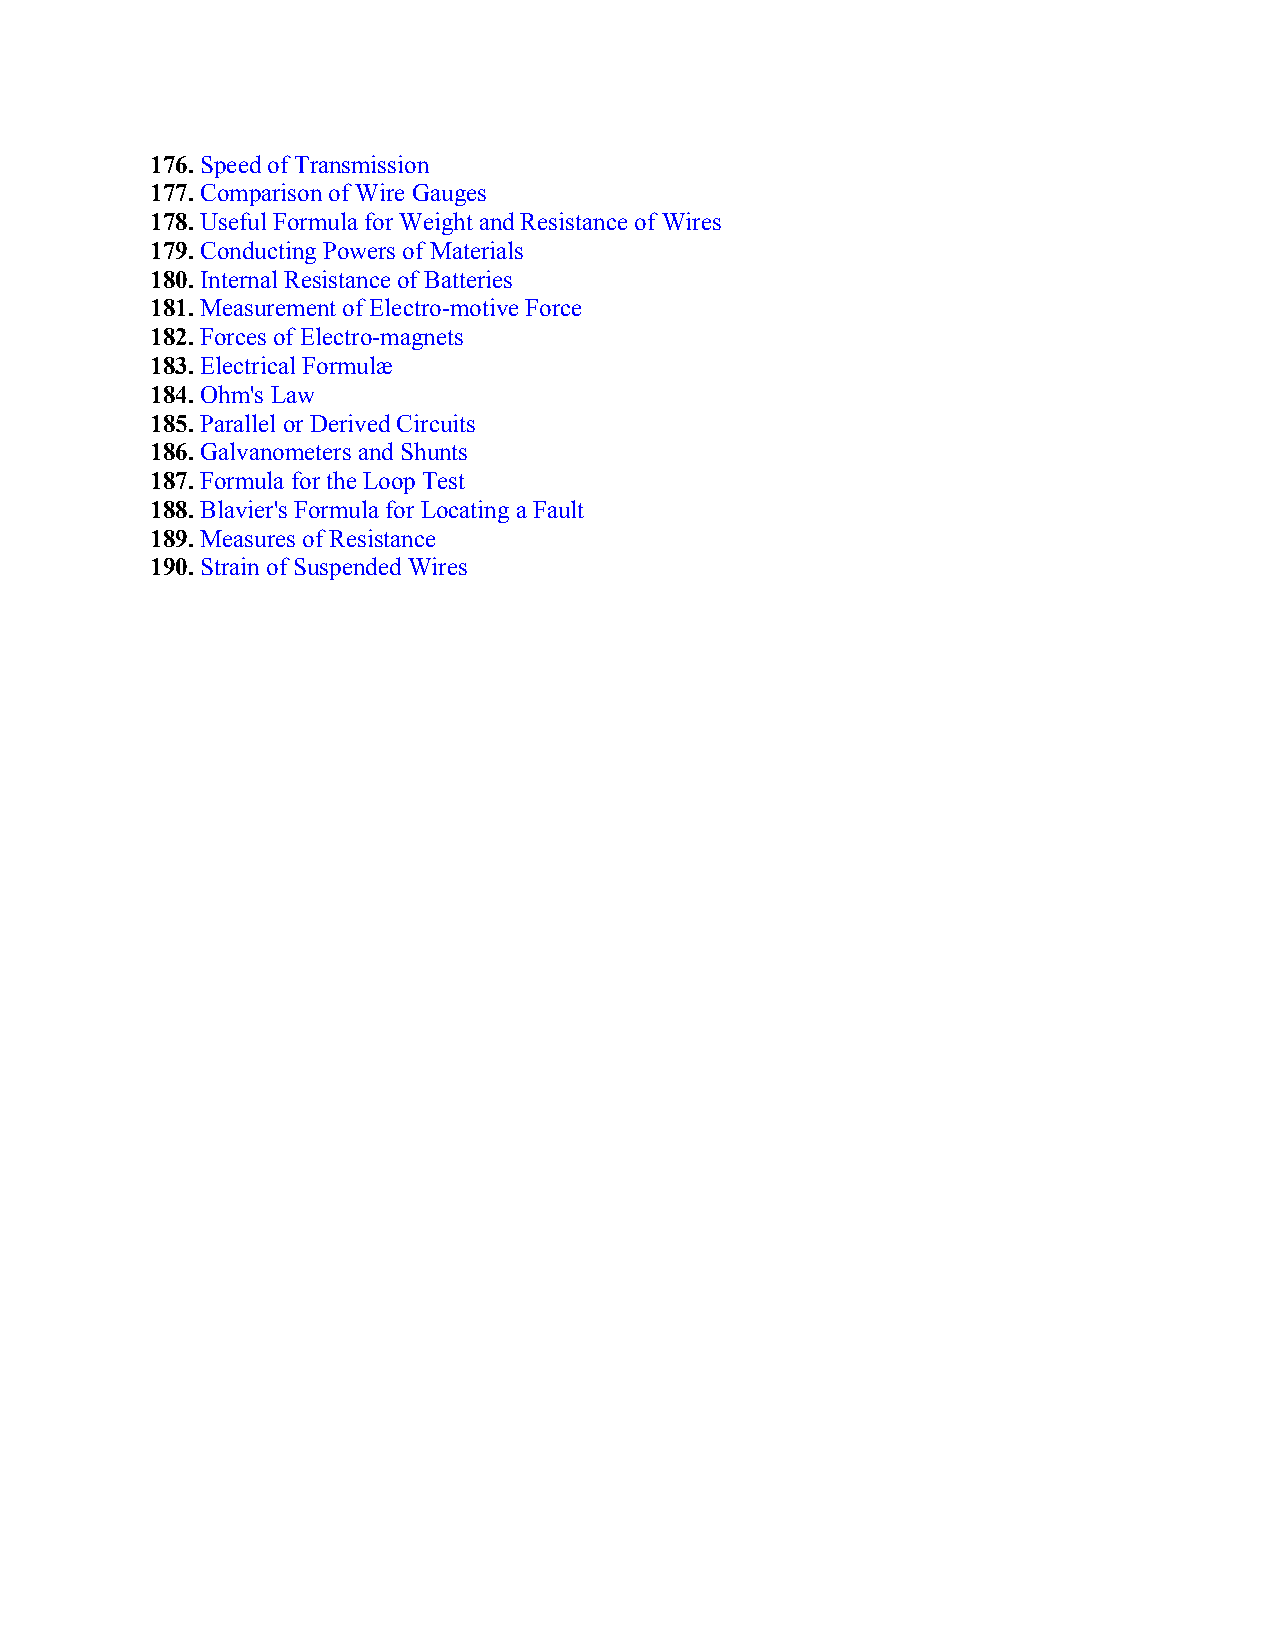
176. Speed of Transmission
 177. Comparison of Wire Gauges
 178. Useful Formula for Weight and Resistance of Wires
 179. Conducting Powers of Materials
 180. Internal Resistance of Batteries
 181. Measurement of Electro-motive Force
 182. Forces of Electro-magnets
 183. Electrical Formulæ
 184. Ohm's Law
 185. Parallel or Derived Circuits
 186. Galvanometers and Shunts
 187. Formula for the Loop Test
 188. Blavier's Formula for Locating a Fault
 189. Measures of Resistance
 190. Strain of Suspended Wires